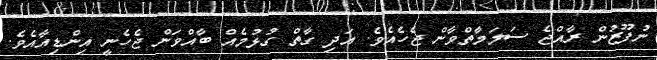
ނުފޫޒުން ރާއްޖެ ސަލަމާތްވާން ޖެހެއެވެ. އަދި ގާތް ގުޅުމެއް ބާއްވަން ޖެހެނީ އިންޑިއާއެެވެ.